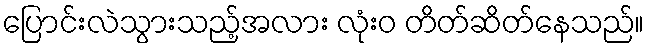
ပြောင်းလဲသွားသည့်အလား လုံးဝ တိတ်ဆိတ်နေသည်။